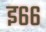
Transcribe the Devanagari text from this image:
इ६६